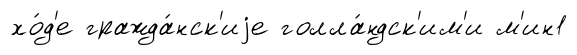
хо́д'е гражда́нск'иjе голла́ндск'им'и м'ин1